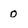
Character: O